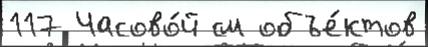
117 Часово́й см объе́ктов